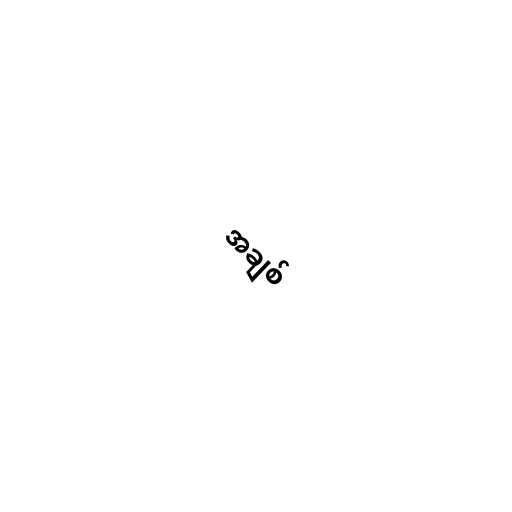
အချစ်